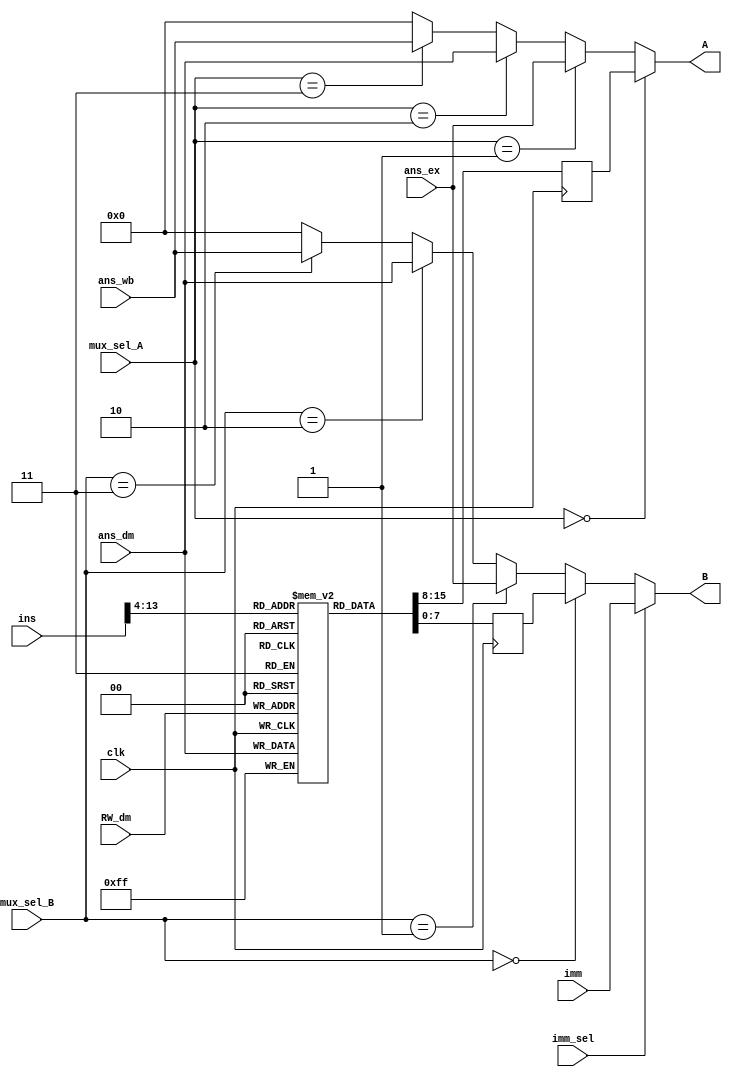
`timescale 1ns / 1ps
//////////////////////////////////////////////////////////////////////////////////
// Company: 
// Engineer: 
// 
// Design Name: 
// Module Name:    RegisterBankBlock 
// Project Name: 
// Target Devices: 
// Tool versions: 
// Description: 
//
// Dependencies: 
//
// Revision: 
// Revision 0.01 - File Created
// Additional Comments: 
//
//////////////////////////////////////////////////////////////////////////////////
module RegisterBankBlock(A, B, ins, ans_ex,ans_dm, ans_wb, imm, RW_dm, mux_sel_A, mux_sel_B, imm_sel, clk);

//inputs and outputs
input [ 23:0]  ins; 
input [ 7: 0]  ans_ex,ans_dm, ans_wb, imm;
input [ 4: 0]  RW_dm;
input [ 1: 0]  mux_sel_A, mux_sel_B;
input   imm_sel, clk;
output  wire [7:0] A, B;
reg [7:0] RegisterBank [0:31]; // reg or wire
wire [7:0] BI;
reg [7:0] AR,BR;


//constructing MUXs
assign A= (mux_sel_A==0) ?  AR : 
			 (mux_sel_A==1) ?  ans_ex:
			 (mux_sel_A==2) ?  ans_dm:
			 (mux_sel_A==3) ?  ans_wb: 0;		


assign BI=(mux_sel_B==0) ?  BR: 
			 (mux_sel_B==1) ?  ans_ex:
			 (mux_sel_B==2) ?  ans_dm:
			 (mux_sel_B==3) ?  ans_wb:	0;

assign B= (imm_sel==0) ? BI : 
			 (imm_sel==1) ? imm : 0;

//Register Bank
always @(posedge clk)
begin
	
	AR<=RegisterBank[ins[13:9]]; 
   BR<=RegisterBank[ins[8:4]]; 
	RegisterBank[RW_dm]=ans_dm;
	
end
					
endmodule